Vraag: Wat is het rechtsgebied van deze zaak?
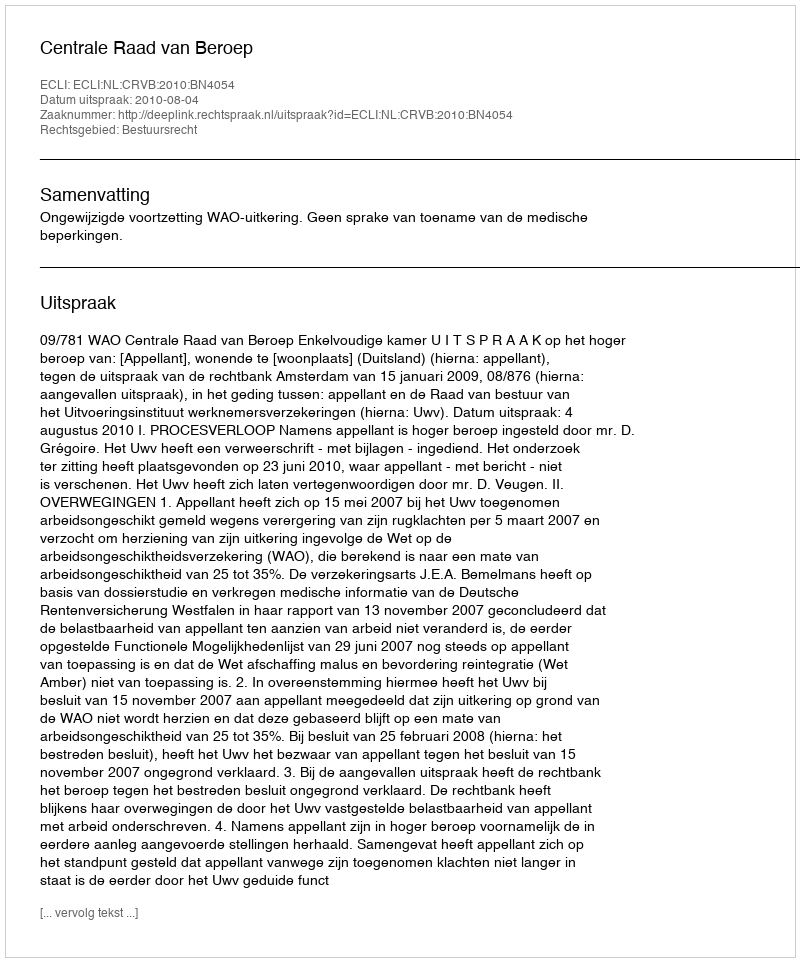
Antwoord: Bestuursrecht